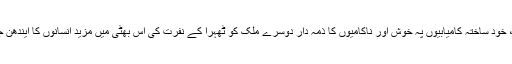
دونوں ملک اپنی اپنی، خود ساختہ کامیابیوں پہ خوش اور ناکامیوں کا ذمہ دار دوسرے ملک کو ٹھہرا کے نفرت کی اس بھٹی میں مزید انسانوں کا ایندھن جھونکے جا رہے ہیں۔